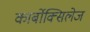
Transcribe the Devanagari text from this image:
कार्बोक्सिलेज